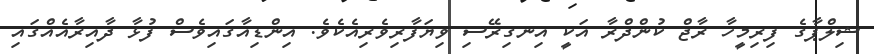
ޝިލްޕާގެ ފިރިމީހާ ރާޖް ކުންދްރާ އަކީ އިނގިރޭސި ވިޔަފާރިވެރިއެކެެވެ. އިންޑިއާގައިވެސް ފުޅާ ދާއިރާއެއްގައި